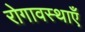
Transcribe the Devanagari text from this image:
रोगावस्थाएँ